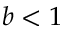
b < 1